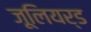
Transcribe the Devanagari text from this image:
जूलियर्ड